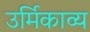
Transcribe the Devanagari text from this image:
उर्मिकाव्य